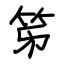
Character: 笫